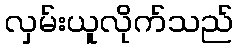
လှမ်းယူလိုက်သည်